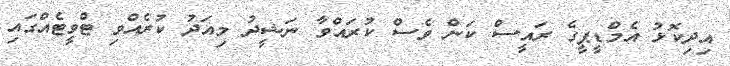
އިދިކޮޅު އެމްޑީޕީގެ ރައީސް ކަން ވެސް ކުރައްވާ ނަޝީދު މިއަދު ކުރެއްވި ޓްވީޓެއްގައި